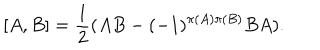
[ A , B ] = \frac { 1 } { 2 } ( A B - ( - 1 ) ^ { \pi ( A ) \pi ( B ) } B A ) .